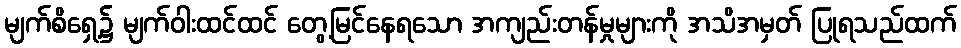
မျက်စိရှေ့၌ မျက်ဝါးထင်ထင် တွေ့မြင်နေရသော အကျည်းတန်မှုများကို အသိအမှတ် ပြုရသည်ထက်